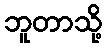
ဘူတာသို့